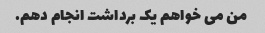
من می خواهم یک برداشت انجام دهم.